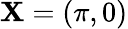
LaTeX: \mathbf{X}=(\pi,0)